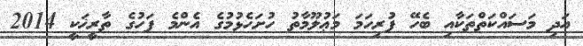
އަދި މަސައްކަތްތަކާއި ބެހޭ ފުރިހަމަ މަޢުލޫމާތު ހުށަހެޅުމުގެ އެންމެ ފަހުގެ ތާރީޚަކީ 2014